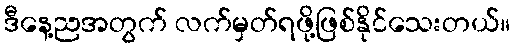
ဒီနေ့ညအတွက် လက်မှတ်ရဖို့ဖြစ်နိုင်သေးတယ်။